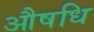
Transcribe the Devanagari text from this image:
औषधि